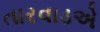
તારવાડએ